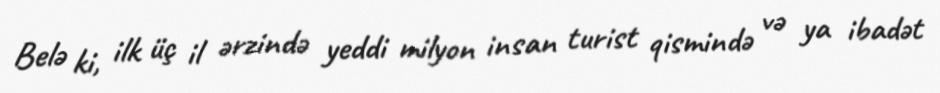
Belə ki, ilk üç il ərzində yeddi milyon insan turist qismində və ya ibadət